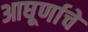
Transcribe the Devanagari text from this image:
आघूर्णाचे